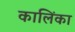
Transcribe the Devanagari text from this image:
कालिंका